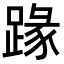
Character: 𨂦